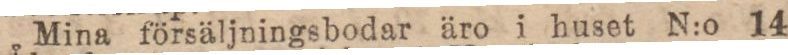
Mina försäljningsbodar äro i huset N:o 14